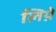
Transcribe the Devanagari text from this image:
लिय़े